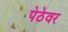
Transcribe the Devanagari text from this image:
पेठेवर